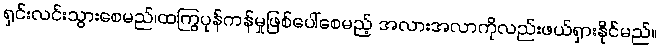
ရှင်းလင်းသွားစေမည်၊ထကြွပုန်ကန်မှုဖြစ်ပေါ်စေမည့် အလားအလာကိုလည်းဖယ်ရှားနိုင်မည်။